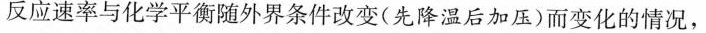
反应速率与化学平衡随外界条件改变(先降温后加压)而变化的情况，